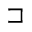
\sqsupset